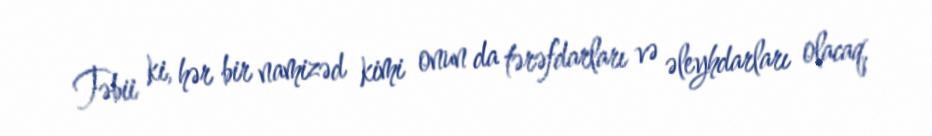
Təbii ki, hər bir namizəd kimi onun da tərəfdarları və əleyhdarları olacaq,